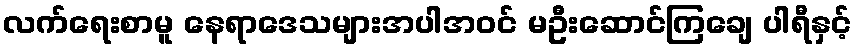
လက်ရေးစာမူ နေရာဒေသများအပါအဝင် မဦးဆောင်ကြချေ ပါရီနှင့်